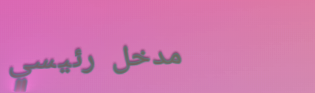
مدخل رئيسي